DOW-UAP-D4, Mission Report, Arabian Gulf, 2020
Agency: Department of War
Page 1
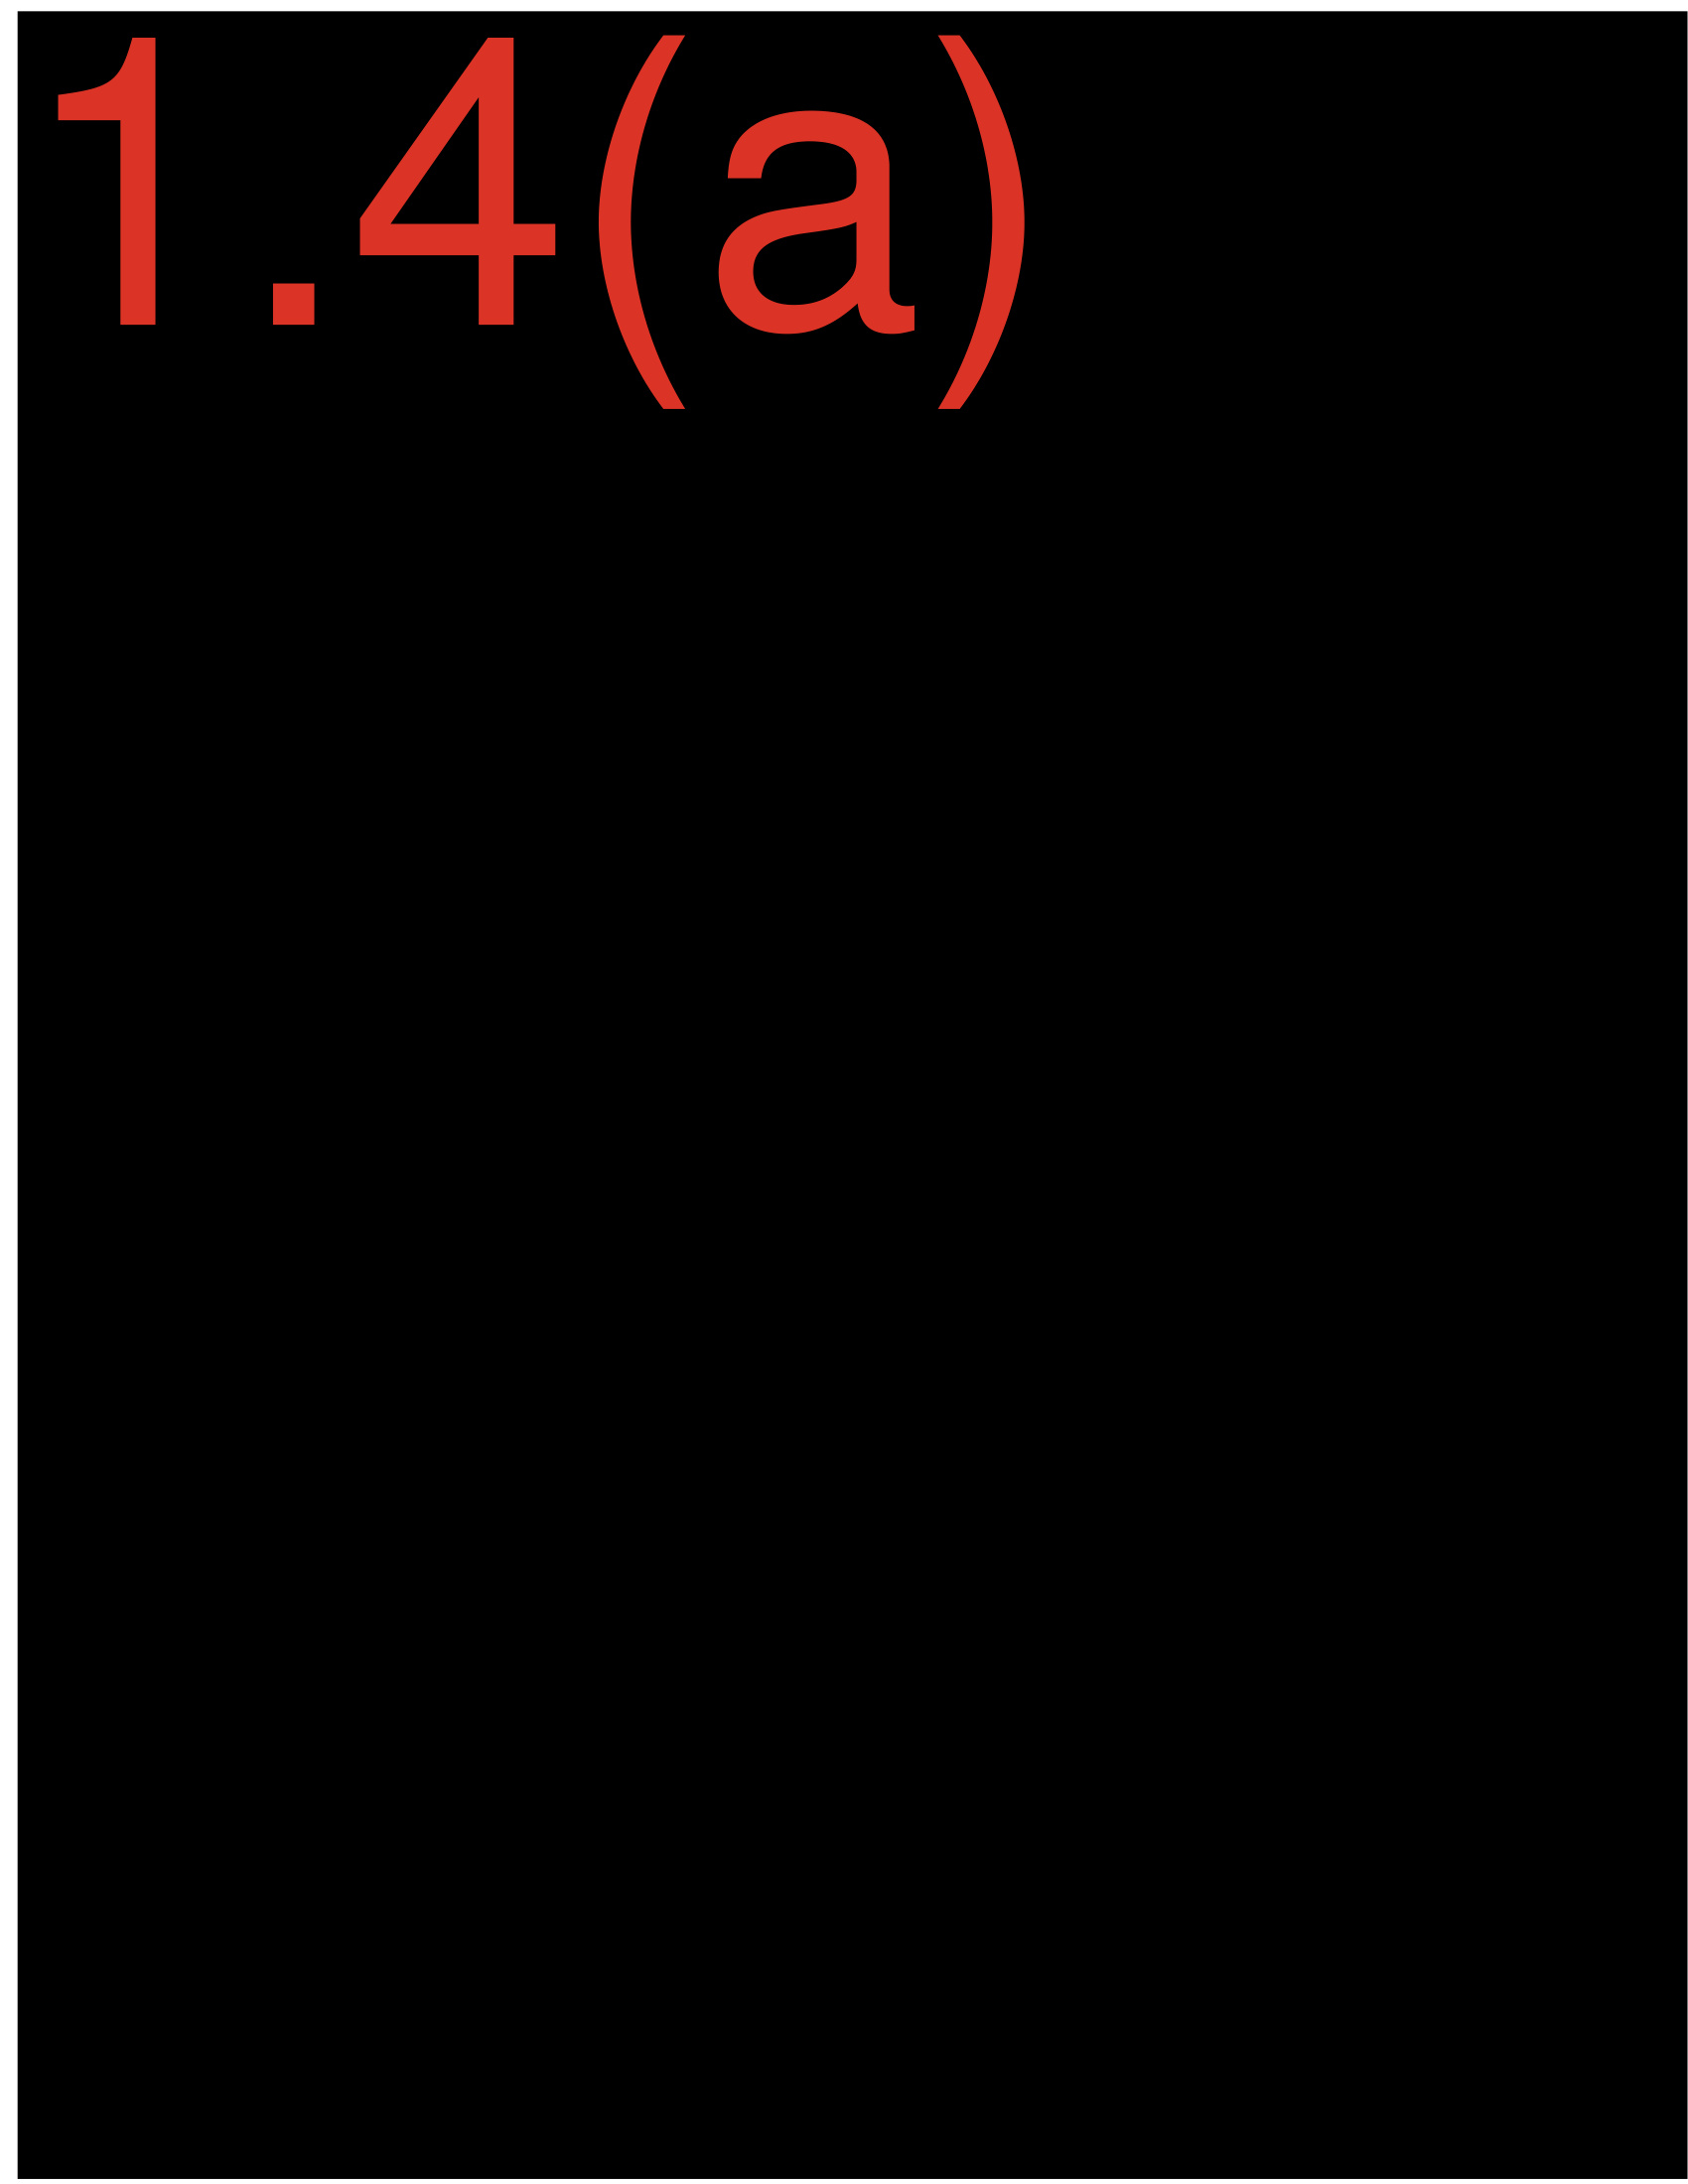